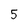
Character: 5